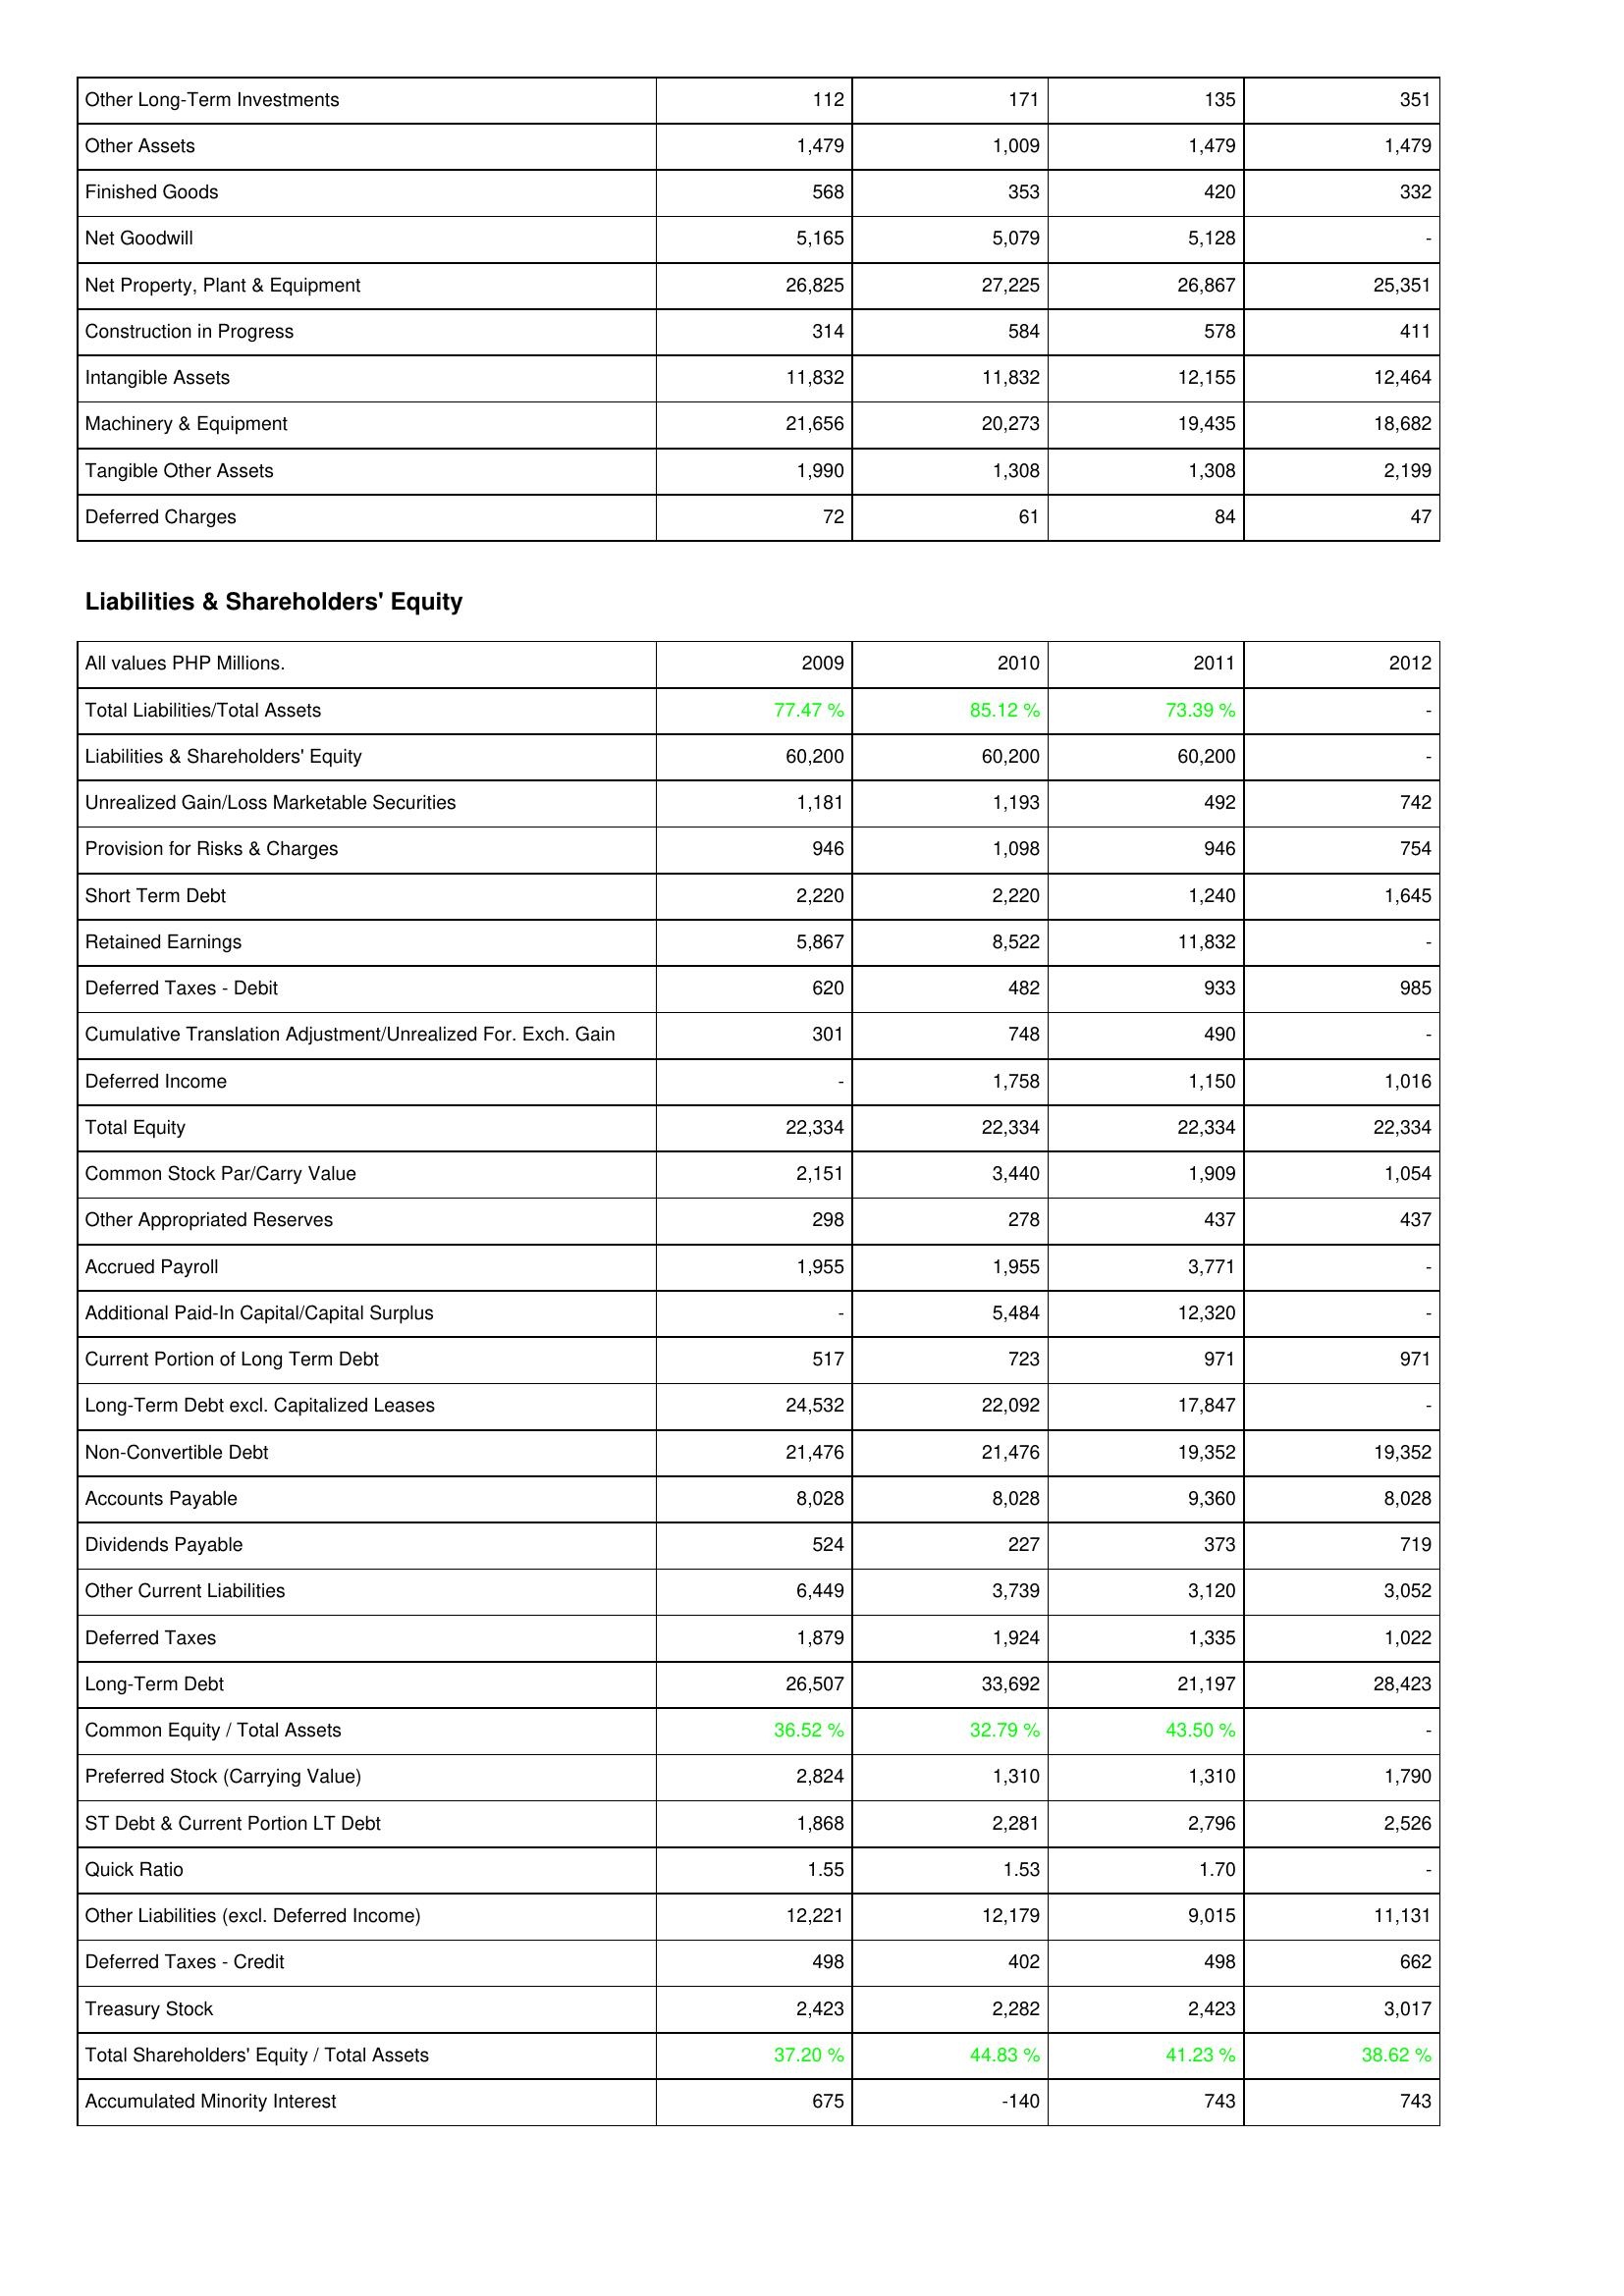
2009: Assets: Other Long-Term Investments: 112
Other Assets: 1,479
Finished Goods: 568
Net Goodwill: 5,165
Net Property, Plant & Equipment: 26,825
Construction in Progress: 314
Intangible Assets: 11,832
Machinery & Equipment: 21,656
Tangible Other Assets: 1,990
Deferred Charges: 72
Liabilities & Shareholders' Equity: Total Liabilities/Total Assets: 77.47 %
Liabilities & Shareholders' Equity: 60,200
Unrealized Gain/Loss Marketable Securities: 1,181
Provision for Risks & Charges: 946
Short Term Debt: 2,220
Retained Earnings: 5,867
Deferred Taxes - Debit: 620
Cumulative Translation Adjustment/Unrealized For. Exch. Gain: 301
Deferred Income: -
Total Equity: 22,334
Common Stock Par/Carry Value: 2,151
Other Appropriated Reserves: 298
Accrued Payroll: 1,955
Additional Paid-In Capital/Capital Surplus: -
Current Portion of Long Term Debt: 517
Long-Term Debt excl. Capitalized Leases: 24,532
Non-Convertible Debt: 21,476
Accounts Payable: 8,028
Dividends Payable: 524
Other Current Liabilities: 6,449
Deferred Taxes: 1,879
Long-Term Debt: 26,507
Common Equity / Total Assets: 36.52 %
Preferred Stock (Carrying Value): 2,824
ST Debt & Current Portion LT Debt: 1,868
Quick Ratio: 1.55
Other Liabilities (excl. Deferred Income): 12,221
Deferred Taxes - Credit: 498
Treasury Stock: 2,423
Total Shareholders' Equity / Total Assets: 37.20 %
Accumulated Minority Interest: 675
2010: Assets: Other Long-Term Investments: 171
Other Assets: 1,009
Finished Goods: 353
Net Goodwill: 5,079
Net Property, Plant & Equipment: 27,225
Construction in Progress: 584
Intangible Assets: 11,832
Machinery & Equipment: 20,273
Tangible Other Assets: 1,308
Deferred Charges: 61
Liabilities & Shareholders' Equity: Total Liabilities/Total Assets: 85.12 %
Liabilities & Shareholders' Equity: 60,200
Unrealized Gain/Loss Marketable Securities: 1,193
Provision for Risks & Charges: 1,098
Short Term Debt: 2,220
Retained Earnings: 8,522
Deferred Taxes - Debit: 482
Cumulative Translation Adjustment/Unrealized For. Exch. Gain: 748
Deferred Income: 1,758
Total Equity: 22,334
Common Stock Par/Carry Value: 3,440
Other Appropriated Reserves: 278
Accrued Payroll: 1,955
Additional Paid-In Capital/Capital Surplus: 5,484
Current Portion of Long Term Debt: 723
Long-Term Debt excl. Capitalized Leases: 22,092
Non-Convertible Debt: 21,476
Accounts Payable: 8,028
Dividends Payable: 227
Other Current Liabilities: 3,739
Deferred Taxes: 1,924
Long-Term Debt: 33,692
Common Equity / Total Assets: 32.79 %
Preferred Stock (Carrying Value): 1,310
ST Debt & Current Portion LT Debt: 2,281
Quick Ratio: 1.53
Other Liabilities (excl. Deferred Income): 12,179
Deferred Taxes - Credit: 402
Treasury Stock: 2,282
Total Shareholders' Equity / Total Assets: 44.83 %
Accumulated Minority Interest: -140
2011: Assets: Other Long-Term Investments: 135
Other Assets: 1,479
Finished Goods: 420
Net Goodwill: 5,128
Net Property, Plant & Equipment: 26,867
Construction in Progress: 578
Intangible Assets: 12,155
Machinery & Equipment: 19,435
Tangible Other Assets: 1,308
Deferred Charges: 84
Liabilities & Shareholders' Equity: Total Liabilities/Total Assets: 73.39 %
Liabilities & Shareholders' Equity: 60,200
Unrealized Gain/Loss Marketable Securities: 492
Provision for Risks & Charges: 946
Short Term Debt: 1,240
Retained Earnings: 11,832
Deferred Taxes - Debit: 933
Cumulative Translation Adjustment/Unrealized For. Exch. Gain: 490
Deferred Income: 1,150
Total Equity: 22,334
Common Stock Par/Carry Value: 1,909
Other Appropriated Reserves: 437
Accrued Payroll: 3,771
Additional Paid-In Capital/Capital Surplus: 12,320
Current Portion of Long Term Debt: 971
Long-Term Debt excl. Capitalized Leases: 17,847
Non-Convertible Debt: 19,352
Accounts Payable: 9,360
Dividends Payable: 373
Other Current Liabilities: 3,120
Deferred Taxes: 1,335
Long-Term Debt: 21,197
Common Equity / Total Assets: 43.50 %
Preferred Stock (Carrying Value): 1,310
ST Debt & Current Portion LT Debt: 2,796
Quick Ratio: 1.70
Other Liabilities (excl. Deferred Income): 9,015
Deferred Taxes - Credit: 498
Treasury Stock: 2,423
Total Shareholders' Equity / Total Assets: 41.23 %
Accumulated Minority Interest: 743
2012: Assets: Other Long-Term Investments: 351
Other Assets: 1,479
Finished Goods: 332
Net Goodwill: -
Net Property, Plant & Equipment: 25,351
Construction in Progress: 411
Intangible Assets: 12,464
Machinery & Equipment: 18,682
Tangible Other Assets: 2,199
Deferred Charges: 47
Liabilities & Shareholders' Equity: Total Liabilities/Total Assets: -
Liabilities & Shareholders' Equity: -
Unrealized Gain/Loss Marketable Securities: 742
Provision for Risks & Charges: 754
Short Term Debt: 1,645
Retained Earnings: -
Deferred Taxes - Debit: 985
Cumulative Translation Adjustment/Unrealized For. Exch. Gain: -
Deferred Income: 1,016
Total Equity: 22,334
Common Stock Par/Carry Value: 1,054
Other Appropriated Reserves: 437
Accrued Payroll: -
Additional Paid-In Capital/Capital Surplus: -
Current Portion of Long Term Debt: 971
Long-Term Debt excl. Capitalized Leases: -
Non-Convertible Debt: 19,352
Accounts Payable: 8,028
Dividends Payable: 719
Other Current Liabilities: 3,052
Deferred Taxes: 1,022
Long-Term Debt: 28,423
Common Equity / Total Assets: -
Preferred Stock (Carrying Value): 1,790
ST Debt & Current Portion LT Debt: 2,526
Quick Ratio: -
Other Liabilities (excl. Deferred Income): 11,131
Deferred Taxes - Credit: 662
Treasury Stock: 3,017
Total Shareholders' Equity / Total Assets: 38.62 %
Accumulated Minority Interest: 743